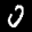
Label: 0